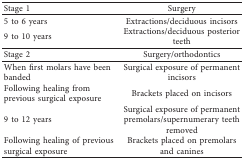
| Stage 1 | Surgery |
 | --- | --- |
 | 5 to 6 years | Extractions/deciduous incisors |
 | 9 to 10 years | Extractions/deciduous posterior teeth |
 | Stage 2 | Surgery/orthodontics |
 | When first molars have been banded | Surgical exposure of permanent incisors |
 | Following healing from previous surgical exposure | Brackets placed on incisors |
 | 9 to 12 years | Surgical exposure of permanent premolars/supernumerary teeth removed |
 | Following healing of previous surgical exposure | Brackets placed on premolars and canines |